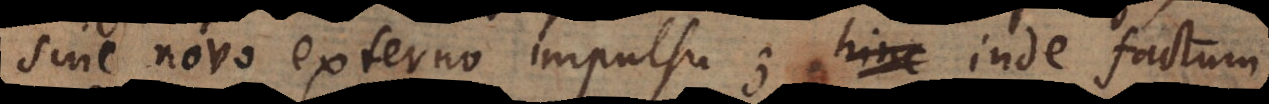
sine novo externo impulsu; inde factum